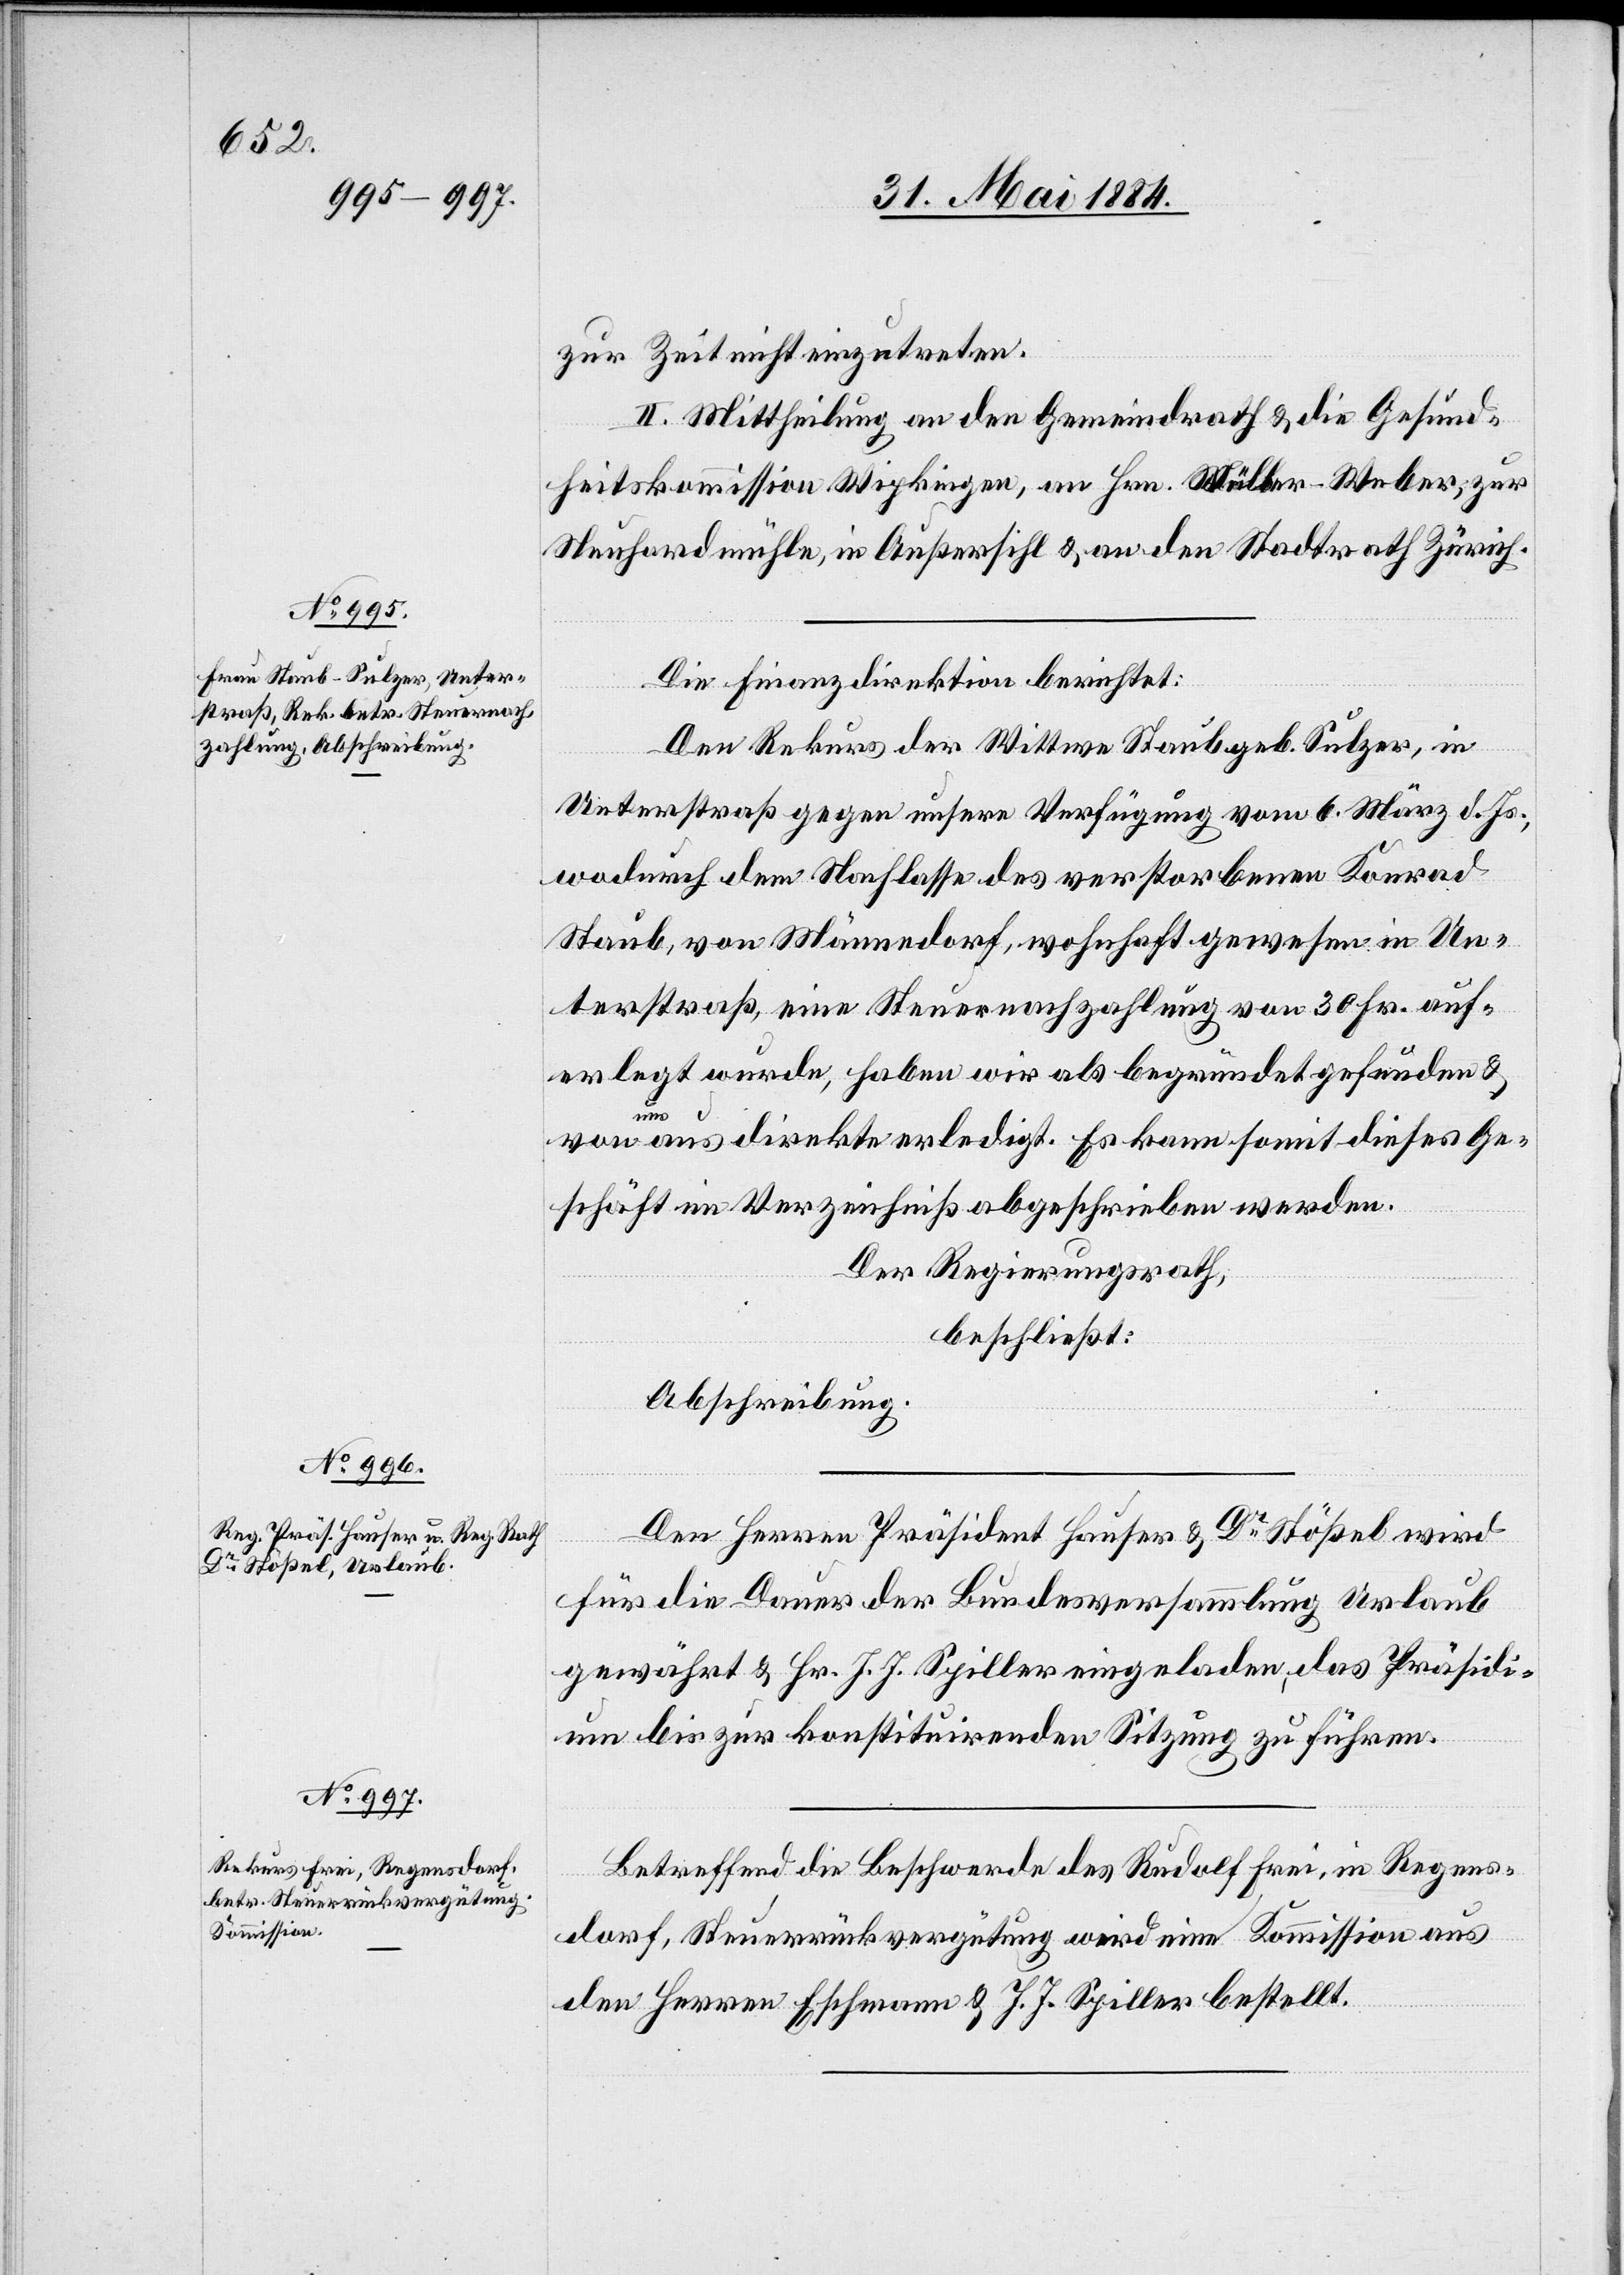
zur Zeit nicht einzutreten.
II. Mittheilung an den Gemeindrath & die Gesund¬
heitskommission Wipkingen, an Hrn. Müller-Weber, zur
Neuhardmühle, in Außersihl & an den Stadtrath Zürich.
Die Finanzdirektion berichtet:
Den Rekurs der Wittwe Staub geb. Sulzer, in
Unterstraß gegen unsere Verfügung vom 6. März d. Js.,
wodurch dem Nachlasse des verstorbenen Konrad
Staub, von Männedorf, wohnhaft gewesen in Un¬
terstraß eine Steuernachzahlung von 30 Fr. auf¬
erlegt wurde, haben wir als begründet gefunden &
von uns aus direkt erledigt. Es kann somit dieses Ge¬
schäft im Verzeichniß abgeschrieben werden.
Der Regierungsrath,
beschließt:
Abschreibung.
Den Herren Präsident Hauser & Dr Stößel wird
für die Dauer der Bundesversammlung Urlaub
gewährt & Hr. J. J. Spiller eingeladen, das Präsidi¬
um bis zur konstituirenden Sitzung zu führen.
Betreffend die Beschwerde des Rudolf Frei, in Regens¬
dorf, Steuerrückvergütung wird eine Kommission aus
den Herren Eschmann & J. J. Spiller bestellt.